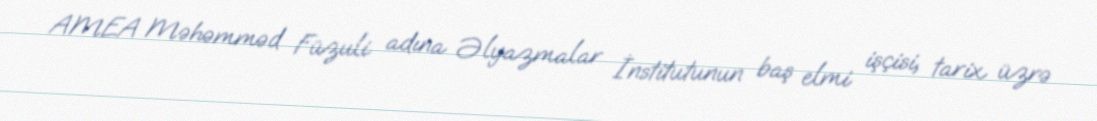
AMEA Məhəmməd Füzuli adına Əlyazmalar İnstitutunun baş elmi işçisi, tarix üzrə